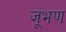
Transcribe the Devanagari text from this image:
जूंभण